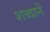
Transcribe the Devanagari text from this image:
शब्दानें